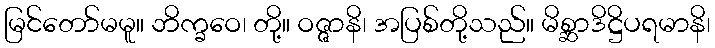
မြင်တော်မမူ။ ဘိက္ခဝေ၊ တို့။ ဝဇ္ဇာနိ၊ အပြစ်တို့သည်။ မိစ္ဆာဒိဋ္ဌိပရမာနိ၊